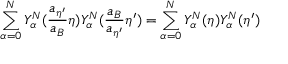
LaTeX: \sum _ { \alpha = 0 } ^ { N } Y _ { \alpha } ^ { N } ( \frac { a _ { { \eta } ^ { \prime } } } { a _ { B } } { \eta } ) Y _ { \alpha } ^ { N } ( \frac { a _ { B } } { a _ { { \eta } ^ { \prime } } } { \eta } ^ { \prime } ) = \sum _ { \alpha = 0 } ^ { N } Y _ { \alpha } ^ { N } ( { \eta } ) Y _ { \alpha } ^ { N } ( { \eta } ^ { \prime } )